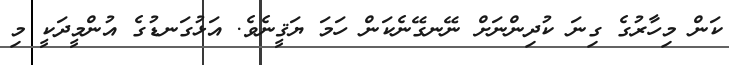
ކަން މިހާރުގެ ގިނަ ކުދިންނަށް ނޭނގޭނެކަން ހަމަ ޔަޤީނެވެ. އަޅުގަނޑުގެ އުންމީދަކީ މި